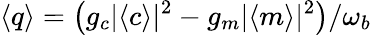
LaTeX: \langle q\rangle=\big(g_{c}|\langle c\rangle|^{2}-g_{m}|\langle m\rangle|^{2}\big)/\omega_{b}